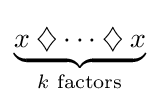
\displaystyle \underbrace {x\mathbin {\diamondsuit } \cdots \mathbin {\diamondsuit } x} _{k{\text{ factors}}}